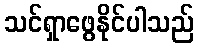
သင်ရှာဖွေနိုင်ပါသည်